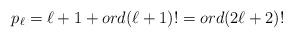
LaTeX: \begin{align*}p_\ell=\ell+1 + ord (\ell+1)!=ord(2\ell+2)!\end{align*}